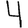
Digit: 4